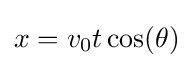
x=v_{0}t\cos(\theta )